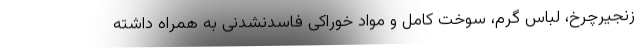
زنجیرچرخ، لباس گرم، سوخت کامل و مواد خوراکی فاسدنشدنی به همراه داشته